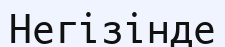
Негізінде